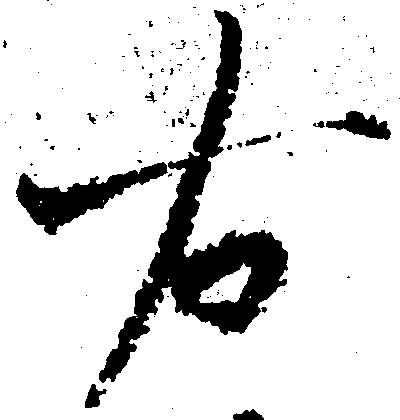
右